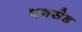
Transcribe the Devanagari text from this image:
एनसेड